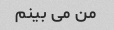
من می بینم